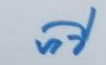
ทวี